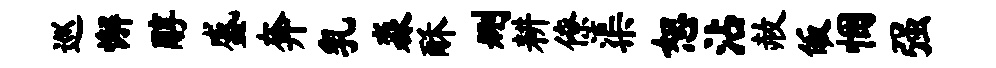
巡懈醇盛奔乳淼酥删耕僚渠恕沾赦皈悃强